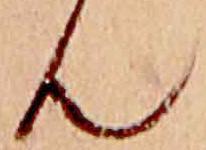
ん